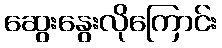
ဆွေးနွေးလိုကြောင်း